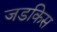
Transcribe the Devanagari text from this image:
जडकिस